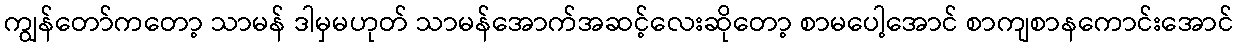
ကျွန်တော်ကတော့ သာမန် ဒါမှမဟုတ် သာမန်အောက်အဆင့်လေးဆိုတော့ စာမပေါ့အောင် စာကျစာနကောင်းအောင်